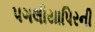
પગલીયાપિરની